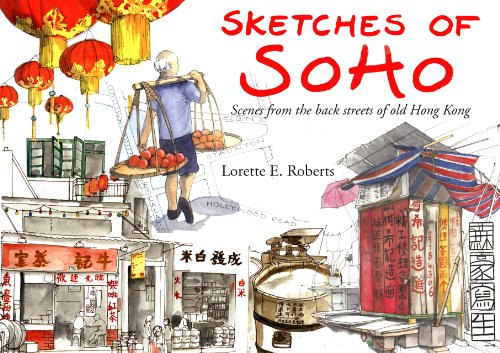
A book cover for Sketches of Soho: Scenes from the Back Streets of Old Hong Kong; Lorette E. Roberts; Travel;